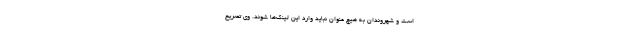
است و شهروندان به هیچ عنوان نباید وارد این لینک‌ها شوند. وی تصریح